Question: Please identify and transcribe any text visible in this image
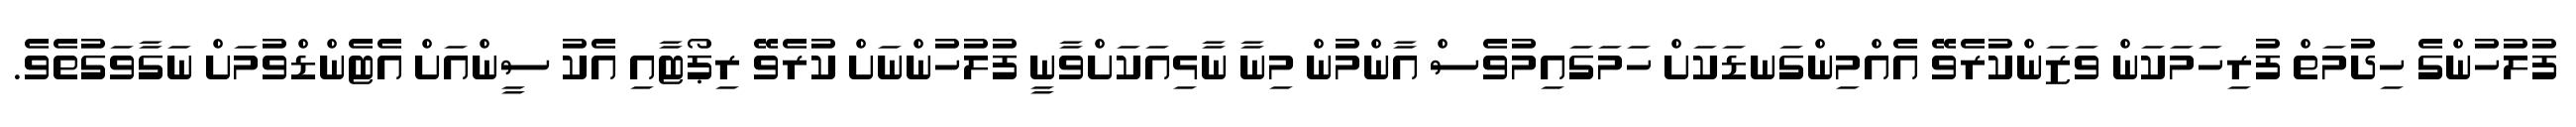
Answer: ފުލުހުންގެ ހިދުމަތް ފުރިހަމަކަން ވަޒަންކުރެވޭ އެއްމިންގަނޑަކަށް ހަމަގައިމުވެސް އާންމުން މިނާ ނާޅިއަކަށްވާނީ ފުލުހުންނަށް ކުރެވޭ ރިޕޯޓާއި އެކު ސީންއަށް އެޓެންޑްވުމަށް ނަގާވަގުތެވެ.